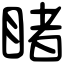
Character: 睹